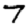
Digit: 7